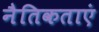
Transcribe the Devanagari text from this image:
नैतिकताएं